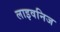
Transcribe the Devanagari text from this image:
लाइवनिज